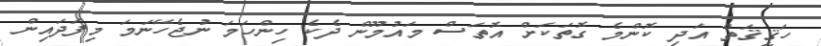
ހަޤީޤަތް އަދި ކޮންމެ ގޮތަކަށް އޮތަސް މައުމޫން ދެކެ ހިންހަމަ ނުޖެހޭނަމަ މިފަދައިން